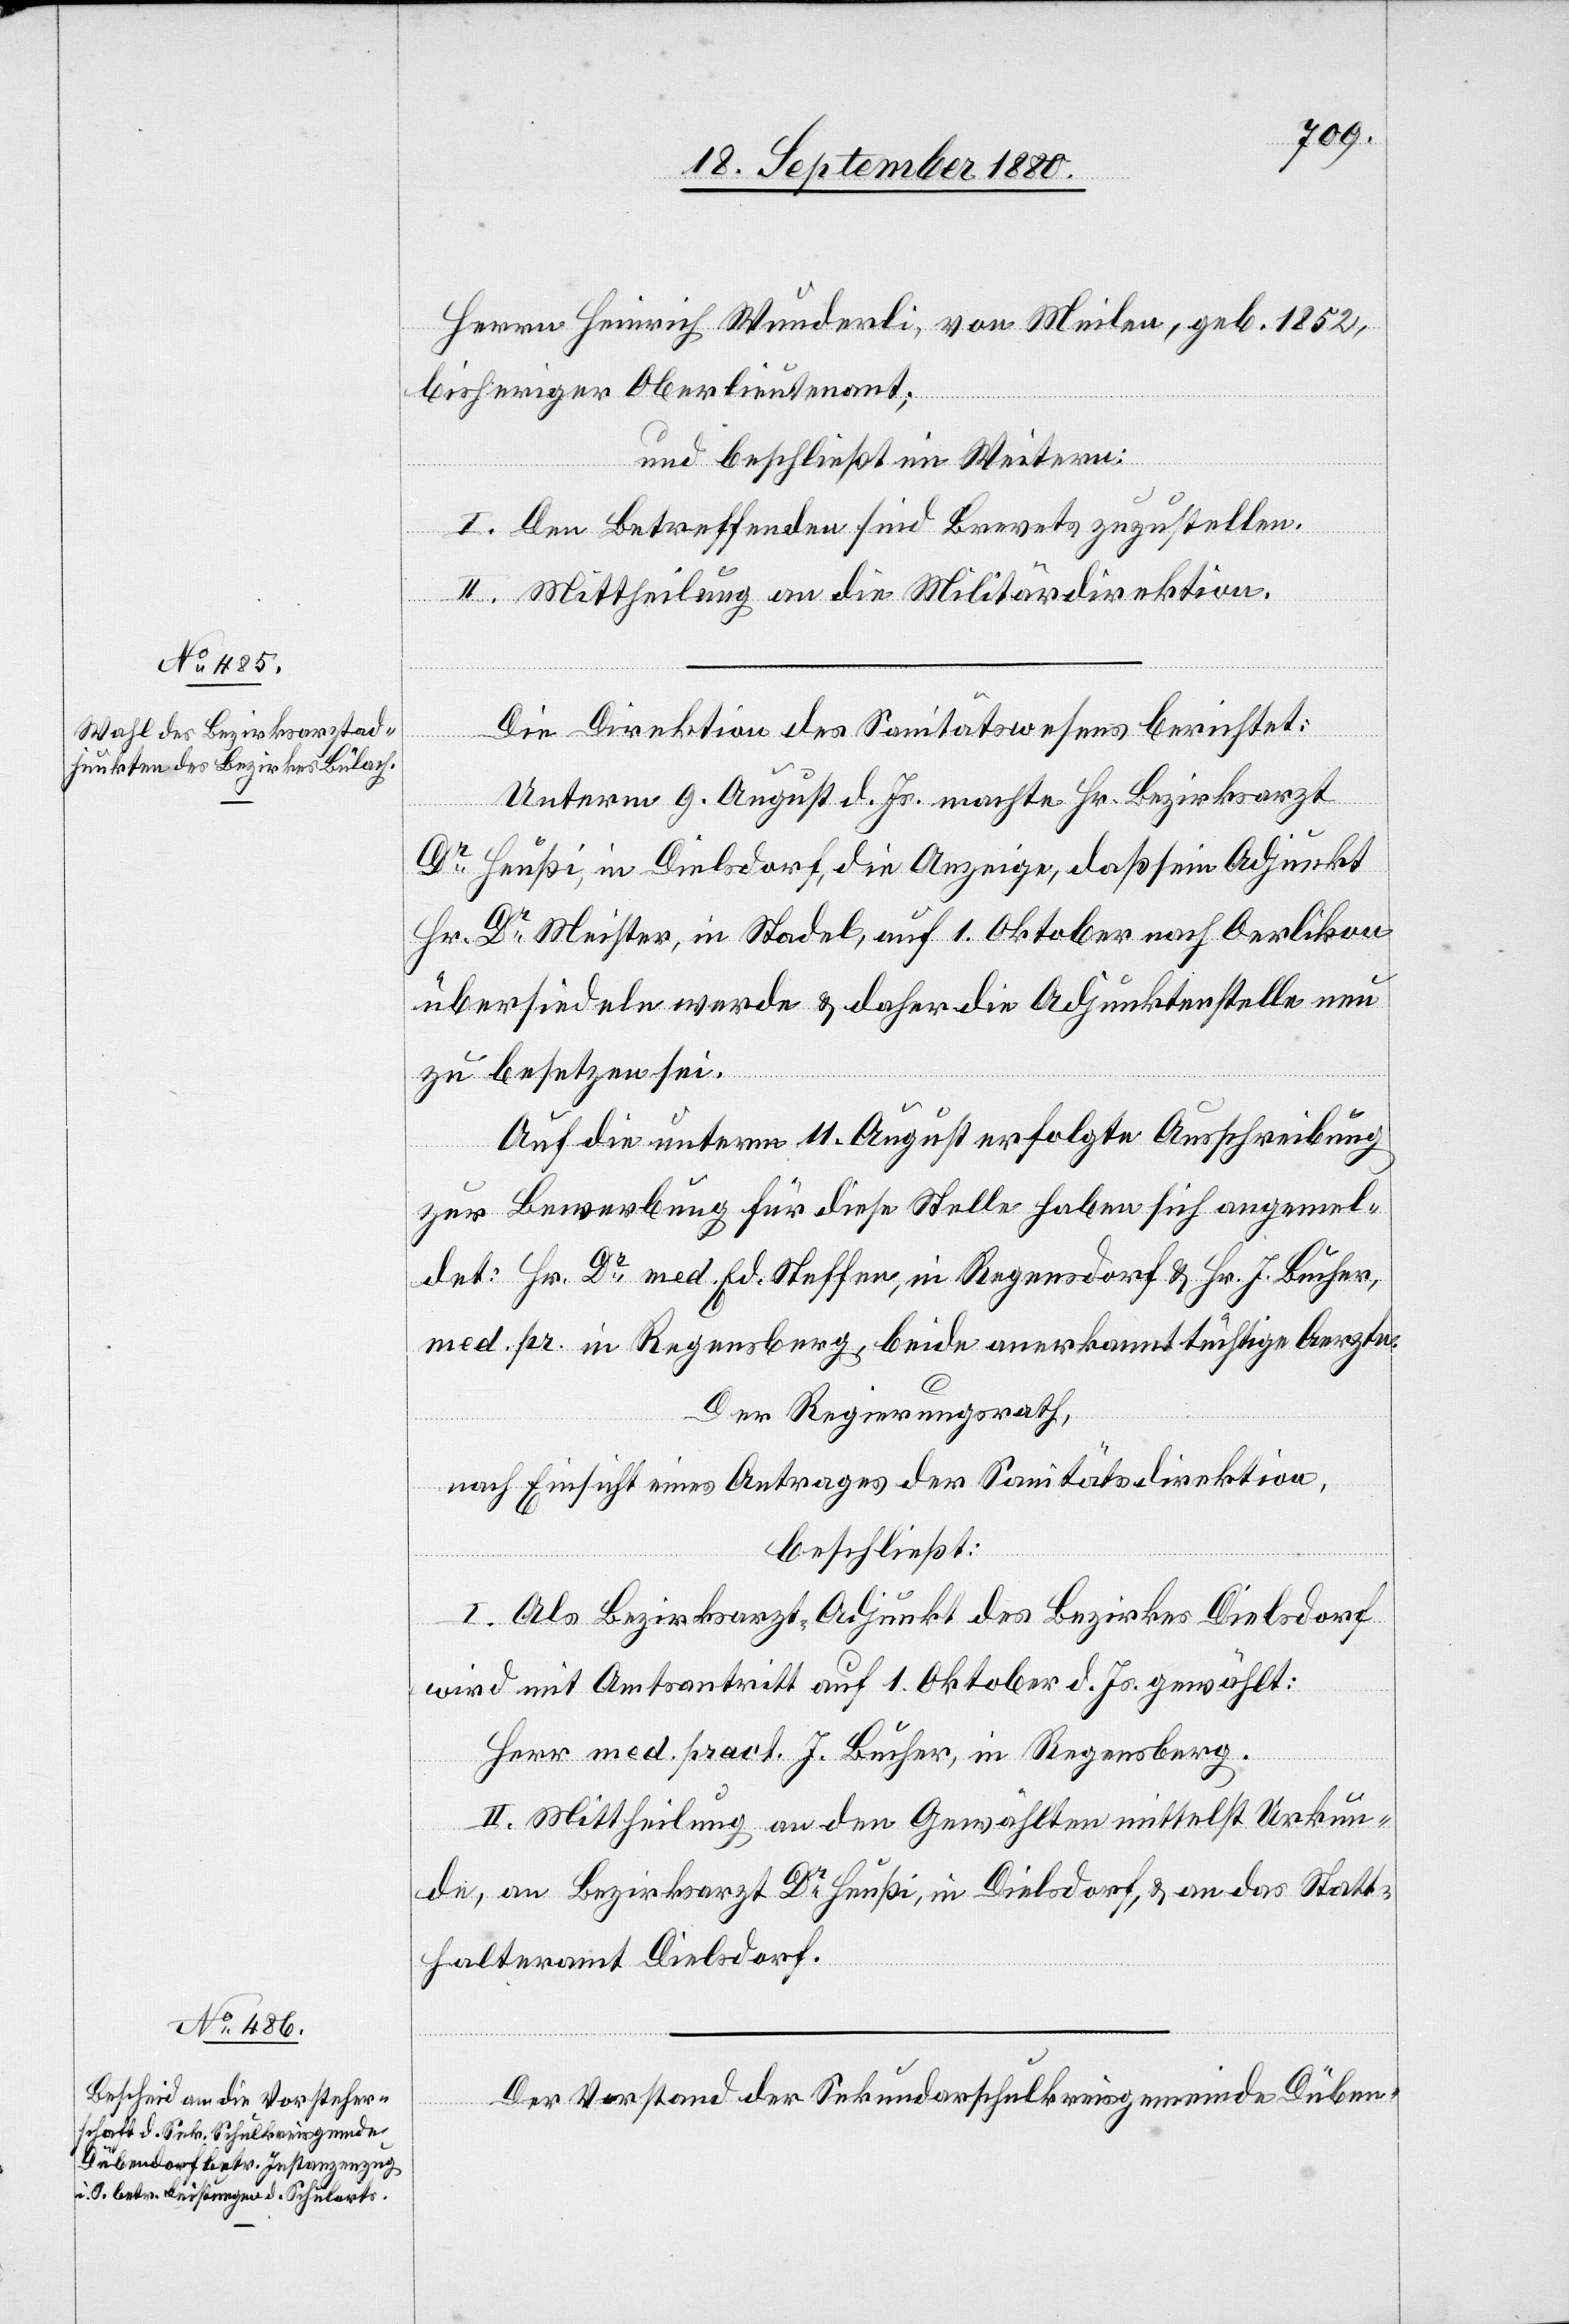
Herrn Heinrich Wunderli, von Meilen, geb. 1852,
bisheriger Oberlieutenant;
und beschließt im Weitern:
I. Den Betreffenden sind Brevets zuzustellen.
II. Mittheilung an die Militärdirektion.
Die Direktion des Sanitätswesens berichtet:
Unterm 9. August d. Js. machte Hr. Bezirksarzt
Dr
Heußi, in Dielsdorf, die Anzeige, daß sein Adjunkt
Hr. Dr Meister, in Stadel, auf 1. Oktober nach Oerlikon
übersiedeln werde & daher die Adjunktenstelle neu
zu besetzen sei.
Auf die unterm 11. August erfolgte Ausschreibung
zur Bewerbung für diese Stelle haben sich angemel¬
det: Hr. Dr med. Ed. Steffen, in Regensdorf & Hr. J. Bucher,
med. pr. in Regensberg, beide anerkannt tüchtige Aerzte.
Der Regierungsrath,
nach Einsicht eines Antrages der Sanitätsdirektion,
beschließt:
I. Als Bezirksrath Adjunkt des Bezirkes Dielsdorf
wird mit Amtsantritt auf 1. Oktober d. Js. gewählt:
Herr med. pract. J. Bucher, in Regensberg.
II. Mittheilung an den Gewählten mittelst Urkun¬
de, an Bezirksarzt Dr Heußi, in Dielsdorf, & an das Statt¬
halteramt Dielsdorf.
Der Vorstand der Sekundarschulkreisgemeinde Düben-